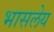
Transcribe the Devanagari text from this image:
भासलेय